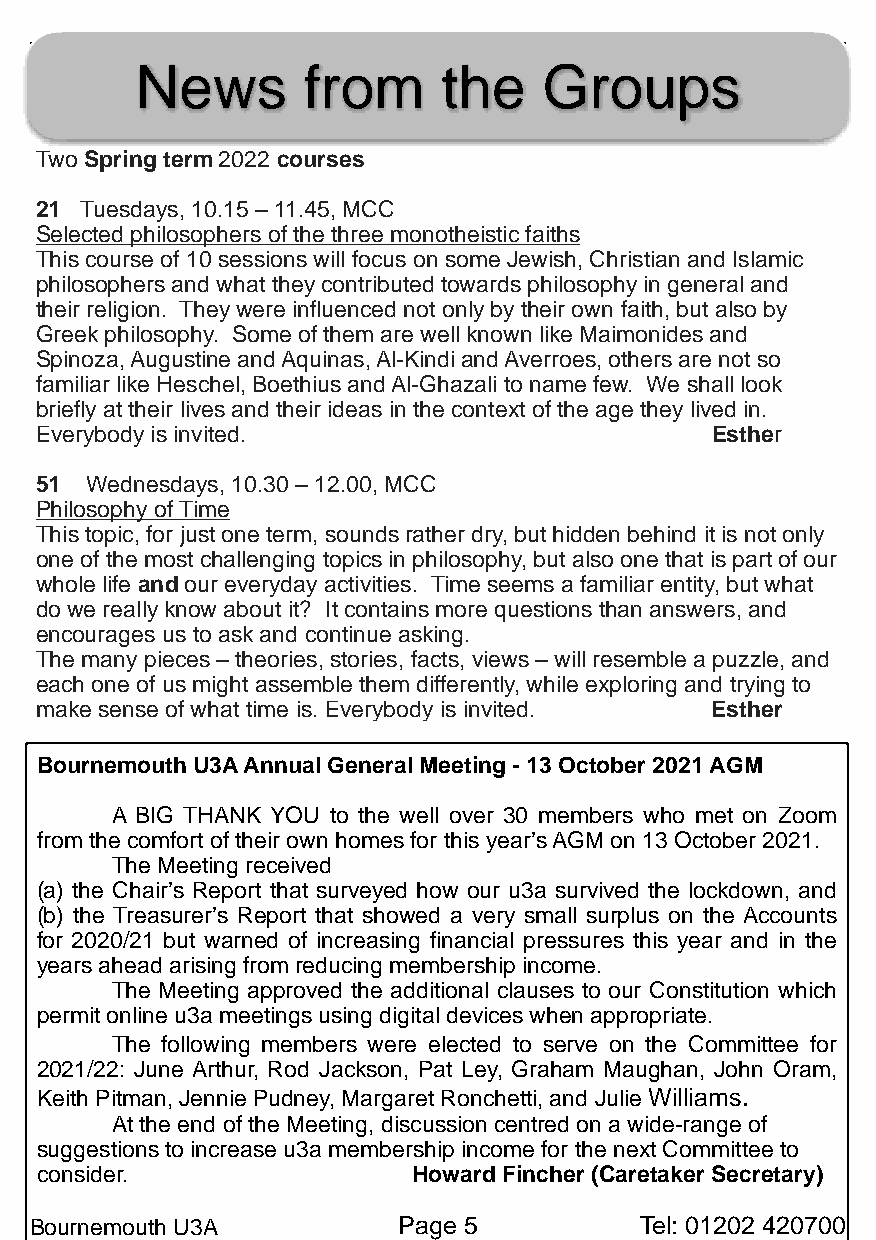
News       from     the    Groups
 Two Spring term 2022 courses
 21 Tuesdays, 10.15 – 11.45, MCC
 Selected philosophers of the three monotheistic faiths
 This course of 10 sessions will focus on some Jewish, Christian and Islamic
 philosophers and what they contributed towards philosophy in general and
 their religion. They were influenced not only by their own faith, but also by
 Greek philosophy. Some of them are well known like Maimonides and
 Spinoza, Augustine and Aquinas, Al-Kindi and Averroes, others are not so
 familiar like Heschel, Boethius and Al-Ghazali to name few. We shall look
 briefly at their lives and their ideas in the context of the age they lived in.
 Everybody is invited.                        Esther
 51  Wednesdays, 10.30 – 12.00, MCC
 Philosophy of Time
 This topic, for just one term, sounds rather dry, but hidden behind it is not only
 one of the most challenging topics in philosophy, but also one that is part of our
 whole life and our everyday activities. Time seems a familiar entity, but what
 do we really know about it? It contains more questions than answers, and
 encourages us to ask and continue asking.
 The many pieces – theories, stories, facts, views – will resemble a puzzle, and
 each one of us might assemble them differently, while exploring and trying to
 make sense of what time is. Everybody is invited. Esther
 Bournemouth U3A Annual General Meeting - 13 October 2021 AGM
 A BIG THANK YOU to the well over 30 members who met on Zoom
 from the comfort of their own homes for this year’s AGM on 13 October 2021.
 The Meeting received
 (a) the Chair’s Report that surveyed how our u3a survived the lockdown, and
 (b) the Treasurer’s Report that showed a very small surplus on the Accounts
 for 2020/21 but warned of increasing financial pressures this year and in the
 years ahead arising from reducing membership income.
 The Meeting approved the additional clauses to our Constitution which
 permit online u3a meetings using digital devices when appropriate.
 The following members were elected to serve on the Committee for
 2021/22: June Arthur, Rod Jackson, Pat Ley, Graham Maughan, John Oram,
 Keith Pitman, Jennie Pudney, Margaret Ronchetti, and Julie Williams.
 At the end of the Meeting, discussion centred on a wide-range of
 suggestions to increase u3a membership income for the next Committee to
 consider.                Howard Fincher (Caretaker Secretary)
 Bournemouth U3A         Page 5          Tel: 01202 420700